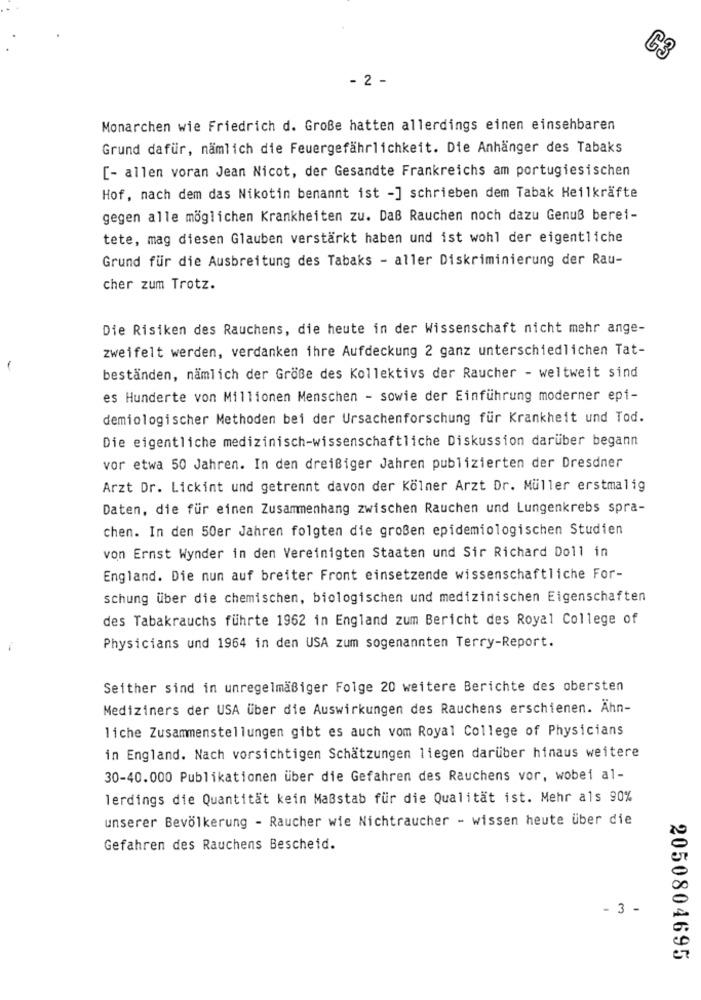
C3
- 2 -
Monarchen wie Friedrich d. Große hatten allerdings einen einsehbaren
Grund dafür, nämlich die Feuergefährlichkeit. Die Anhänger des Tabaks
[- allen voran Jean Nicot, der Gesandte Frankreichs am portugiesischen
Hof, nach dem das Nikotin benannt ist -] schrieben dem Tabak Heilkräfte
gegen alle möglichen Krankheiten zu. Daß Rauchen noch dazu Genuß berei-
tete, mag diesen Glauben verstärkt haben und ist wohl der eigentliche
Grund für die Ausbreitung des Tabaks - aller Diskriminierung der Rau-
cher zum Trotz.
Die Risiken des Rauchens, die heute in der Wissenschaft nicht mehr ange-
zweifelt werden, verdanken ihre Aufdeckung 2 ganz unterschiedlichen Tat-
beständen, nämlich der Größe des Kollektivs der Raucher - weltweit sind
es Hunderte von Millionen Menschen - sowie der Einführung moderner epi-
demiologischer Methoden bei der Ursachenforschung für Krankheit und Tod.
Die eigentliche medizinisch-wissenschaftliche Diskussion darüber begann
vor etwa 50 Jahren. In den dreißiger Jahren publizierten der Dresdner
Arzt Dr. Lickint und getrennt davon der Kölner Arzt Dr. Müller erstmalig
Daten, die für einen Zusammenhang zwischen Rauchen und Lungenkrebs spra-
chen. In den 50er Jahren folgten die großen epidemiologischen Studien
von Ernst Wynder in den Vereinigten Staaten und Sir Richard Doll in
England. Die nun auf breiter Front einsetzende wissenschaftliche For-
schung über die chemischen, biologischen und medizinischen Eigenschaften
des Tabakrauchs führte 1962 in England zum Bericht des Royal College of
Physicians und 1964 in den USA zum sogenannten Terry-Report.
Seither sind in unregelmäßiger Folge 20 weitere Berichte des obersten
Mediziners der USA über die Auswirkungen des Rauchens erschienen. Ähn-
liche Zusammenstellungen gibt es auch vom Royal College of Physicians
in England. Nach vorsichtigen Schätzungen liegen darüber hinaus weitere
30-40.000 Publikationen über die Gefahren des Rauchens vor, wobei al-
lerdings die Quantität kein Maßstab für die Qualität ist. Mehr als 90%
unserer Bevölkerung - Raucher wie Nichtraucher - wissen heute über die
Gefahren des Rauchens Bescheid.
- 3 -
2050804695